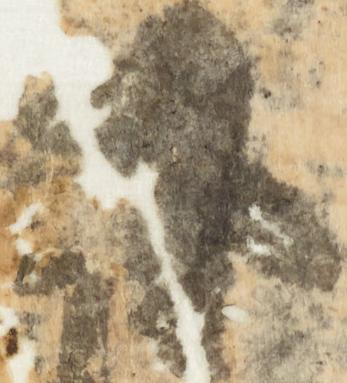
下